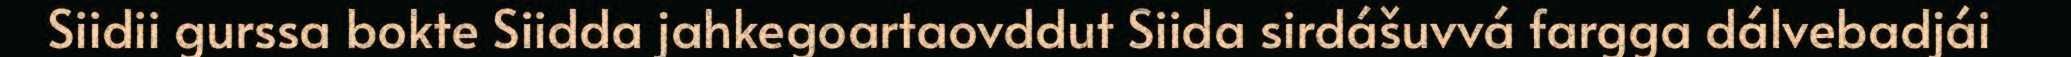
Siidii gurssa bokte Siidda jahkegoartaovddut Siida sirdášuvvá fargga dálvebadjái